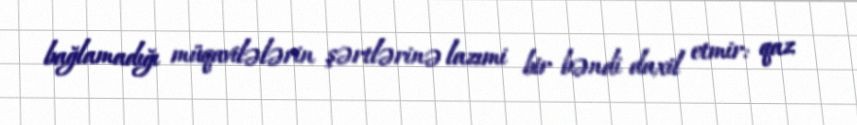
bağlamadığı müqavilələrin şərtlərinə lazımi bir bəndi daxil etmir: qaz